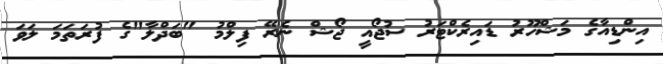
އިންޑިއާގެ މަޝްހޫރު ޑައިރެކްޓަރު ސުޖޯއީ ޖޯޝް ނެރޭ ފިލްމު "ބަދްލާ"ގެ ފުރަތަމަ ލަވަ